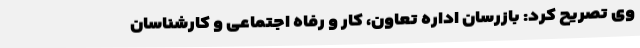
وی تصریح کرد: بازرسان اداره تعاون، کار و رفاه اجتماعی و کارشناسان